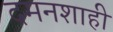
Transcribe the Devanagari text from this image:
दमनशाही